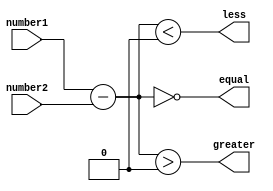
module FixedPointComparator (
    input signed [15:0] number1,
    input signed [15:0] number2,
    output equal,
    output greater,
    output less
);

reg signed [15:0] difference;

assign equal = (difference == 0);
assign greater = (difference > 0);
assign less = (difference < 0);

always @* begin
    difference = number1 - number2;
end

endmodule